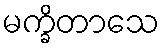
မက္ခိတာသေ